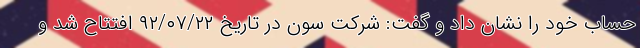
حساب خود را نشان داد و گفت: شرکت سون در تاریخ ۹۲/۰۷/۲۲ افتتاح شد و